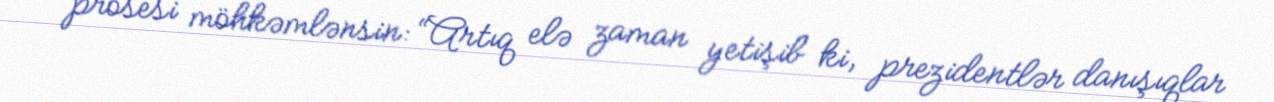
prosesi möhkəmlənsin: “Artıq elə zaman yetişib ki, prezidentlər danışıqlar